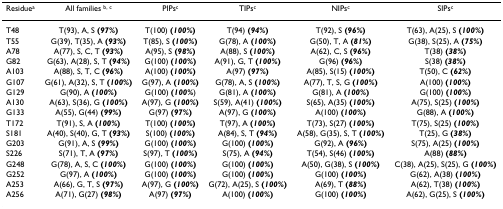
<table><thead><tr><td><b>Residue<sup>a</sup></b></td><td><b>All families <sup>b, c</sup></b></td><td><b>PIPs<sup>c</sup></b></td><td><b>TIPs<sup>c</sup></b></td><td><b>NIPs<sup>c</sup></b></td><td><b>SIPs<sup>c</sup></b></td></tr></thead><tbody><tr><td>T48</td><td>T(93), A, S <b>(<i>97%</i>)</b></td><td>T(100) <b>(<i>100%</i>)</b></td><td>T(94) <b>(<i>94%</i>)</b></td><td>T(92), S <b>(<i>96%</i>)</b></td><td>T(63), A(25), S <b>(<i>100%</i>)</b></td></tr><tr><td>T55</td><td>G(39), T(35), A <b>(<i>93%</i>)</b></td><td>T(85), S <b>(<i>100%</i>)</b></td><td>G(78), A <b>(<i>100%</i>)</b></td><td>G(50), T, A <b>(<i>81%</i>)</b></td><td>G(38), S(25), A <b>(<i>75%</i>)</b></td></tr><tr><td>A78</td><td>A(77), S, C, T <b>(<i>93%</i>)</b></td><td>A(95), S <b>(<i>98%</i>)</b></td><td>A(88), S <b>(<i>100%</i>)</b></td><td>A(62), C, S <b>(<i>96%</i>)</b></td><td>T(38) <b>(<i>38%</i>)</b></td></tr><tr><td>G82</td><td>G(63), A(28), S, T <b>(<i>94%</i>)</b></td><td>G(100) <b>(<i>100%</i>)</b></td><td>A(91), G, T <b>(<i>100%</i>)</b></td><td>G(96) <b>(<i>96%</i>)</b></td><td>S(38) <b>(<i>38%</i>)</b></td></tr><tr><td>A103</td><td>A(88), S, T, C <b>(<i>96%</i>)</b></td><td>A(100) <b>(<i>100%</i>)</b></td><td>A(97) <b>(<i>97%</i>)</b></td><td>A(85), S(15) <b>(<i>100%</i>)</b></td><td>T(50), C <b>(<i>62%</i>)</b></td></tr><tr><td>G107</td><td>G(61), A(32), S, T <b>(<i>100%</i>)</b></td><td>G(97), A <b>(<i>100%</i>)</b></td><td>G(78), A, S <b>(<i>100%</i>)</b></td><td>A(77), T, S, G <b>(<i>100%</i>)</b></td><td>A(100) <b>(<i>100%</i>)</b></td></tr><tr><td>G129</td><td>G(90), A <b>(<i>100%</i>)</b></td><td>G(100) <b>(<i>100%</i></b>)</td><td>G(81), A <b>(<i>100%</i>)</b></td><td>G(81), A <b>(<i>100%</i>)</b></td><td>G(100) <b>(<i>100%</i>)</b></td></tr><tr><td>A130</td><td>A(63), S(36), G <b>(<i>100%</i>)</b></td><td>A(97), G <b>(<i>100%</i>)</b></td><td>S(59), A(41) <b>(<i>100%</i>)</b></td><td>S(65), A(35) <b>(<i>100%</i>)</b></td><td>A(75), S(25) <b>(<i>100%</i>)</b></td></tr><tr><td>G133</td><td>A(55), G(44) <b>(<i>99%</i>)</b></td><td>G(97) <b>(<i>97%</i>)</b></td><td>A(97), G <b>(<i>100%</i>)</b></td><td>A(100) <b>(<i>100%</i>)</b></td><td>G(88), A <b>(<i>100%</i>)</b></td></tr><tr><td>T172</td><td>T(91), S, A <b>(<i>100%</i>)</b></td><td>T(100) <b>(<i>100%</i>)</b></td><td>T(97), A <b>(<i>100%</i>)</b></td><td>T(73), S(27) <b>(<i>100%</i>)</b></td><td>T(75), S(25) <b>(<i>100%</i>)</b></td></tr><tr><td>S181</td><td>A(40), S(40), G, T <b>(<i>93%</i>)</b></td><td>S(100) <b>(<i>100%</i>)</b></td><td>A(84), S, T <b>(<i>94%</i>)</b></td><td>A(58), G(35), S, T <b>(<i>100%</i>)</b></td><td>T(25), G <b>(<i>38%</i>)</b></td></tr><tr><td>G203</td><td>G(91), A, S <b>(<i>99%</i>)</b></td><td>G(100) <b>(<i>100%</i>)</b></td><td>G(100) <b>(<i>100%</i>)</b></td><td>G(92), A <b>(<i>96%</i>)</b></td><td>S(75), A(25) <b>(<i>100%</i>)</b></td></tr><tr><td>S226</td><td>S(71), T, A <b>(<i>97%</i>)</b></td><td>S(97), T <b>(<i>100%</i>)</b></td><td>S(75), A <b>(<i>94%</i>)</b></td><td>T(54), S(46) <b>(<i>100%</i>)</b></td><td>A(88) <b>(<i>88%</i>)</b></td></tr><tr><td>G248</td><td>G(78), A, S, C <b>(<i>100%</i>)</b></td><td>G(100) <b>(<i>100%</i>)</b></td><td>G(100) <b>(<i>100%</i>)</b></td><td>A(50), G(38), S <b>(<i>100%</i>)</b></td><td>C(38), A(25), S(25), G <b>(<i>100%</i>)</b></td></tr><tr><td>G252</td><td>G(97), A <b>(<i>100%</i>)</b></td><td>G(100) <b>(<i>100%</i>)</b></td><td>G(100) <b>(<i>100%</i>)</b></td><td>G(100) <b>(<i>100%</i>)</b></td><td>G(62), A(38) <b>(<i>100%</i>)</b></td></tr><tr><td>A253</td><td>A(66), G, T, S <b>(<i>97%</i>)</b></td><td>A(97), G <b>(<i>100%</i>)</b></td><td>G(72), A(25), S <b>(<i>100%</i>)</b></td><td>A(69), T <b>(<i>88%</i>)</b></td><td>A(62), T(38) <b>(<i>100%</i>)</b></td></tr><tr><td>A256</td><td>A(71), G(27) <b>(<i>98%</i>)</b></td><td>A(97) <b>(<i>97%</i>)</b></td><td>A(100) <b>(<i>100%</i>)</b></td><td>G(100) <b>(<i>100%</i>)</b></td><td>A(62), G(25), S <b>(<i>100%</i>)</b></td></tr></tbody></table>